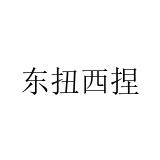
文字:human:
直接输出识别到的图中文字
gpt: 东扭西捏